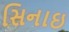
સિનાઇ